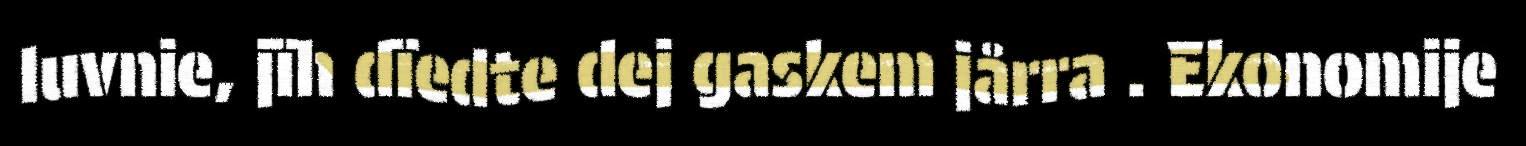
luvnie, jïh dïedte dej gaskem jårra . Ekonomije